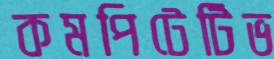
কমপিটেটিভ